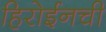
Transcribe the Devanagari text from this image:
हिरोईनची